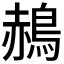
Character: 𪁌